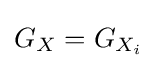
G_{X}=G_{X_{i}}